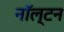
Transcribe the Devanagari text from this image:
नॉल्टन